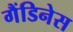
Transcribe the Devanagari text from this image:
गैंडिनेस